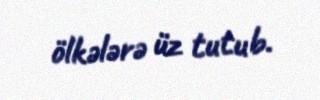
ölkələrə üz tutub.